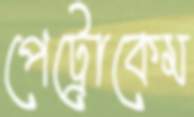
পেট্রোকেম